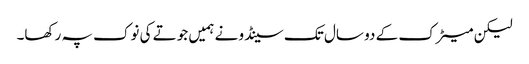
لیکن میٹرک کے دو سال تک سینڈو نے ہمیں جوتے کی نوک پہ رکھا۔